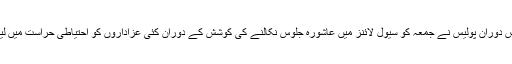
اس دوران پولیس نے جمعہ کو سیول لائنز میں عاشورہ جلوس نکالنے کی کوشش کے دوران کئی عزاداروں کو احتیاطی حراست میں لیا۔